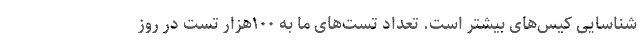
شناسایی کیس‌های بیشتر است. تعداد تست‌های ما به ۱۰۰هزار تست در روز